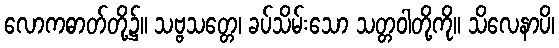
လောကဓာတ်တို့၌။ သဗ္ဗသတ္တေ၊ ခပ်သိမ်းသော သတ္တဝါတို့ကို။ သိလေနာပိ၊